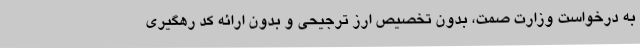
به درخواست وزارت صمت، بدون تخصیص ارز ترجیحی و بدون ارائه کد رهگیری